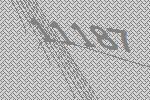
11187